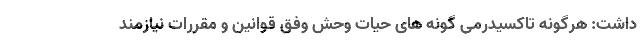
داشت: هرگونه تاکسیدرمی گونه های حیات وحش وفق قوانین و مقررات نیازمند